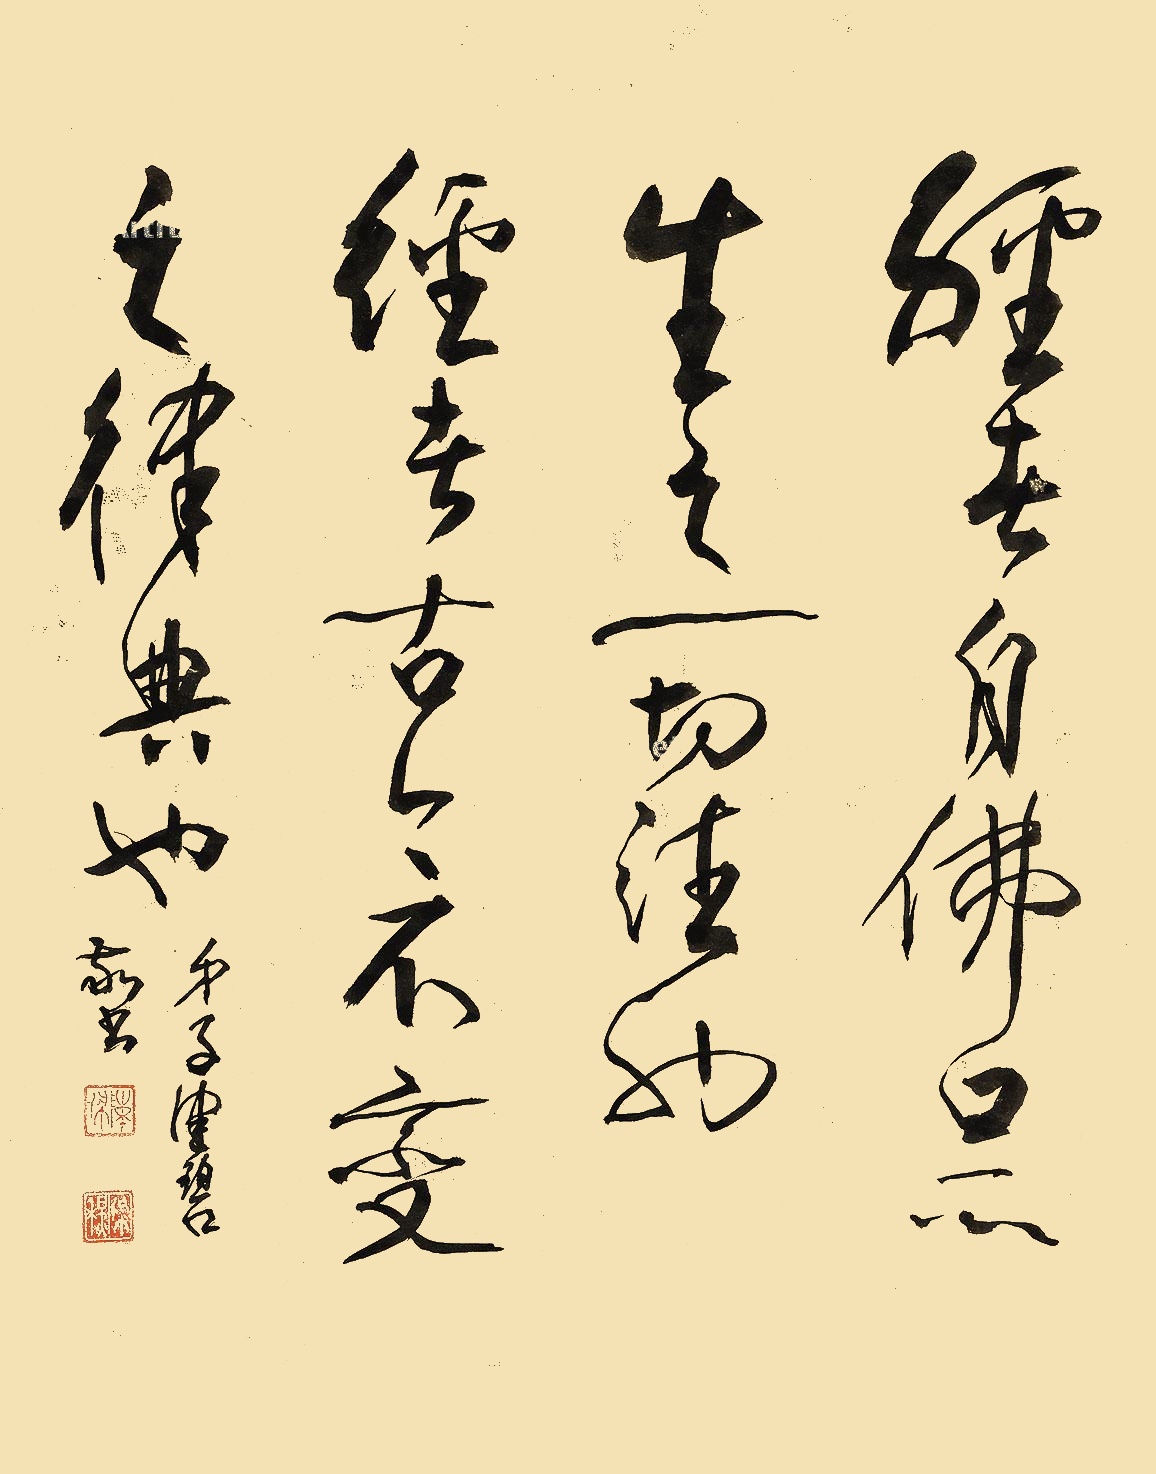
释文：经者，自佛口所生之一切法也。经者，古今不变之律典也。弟子健碧敬书。